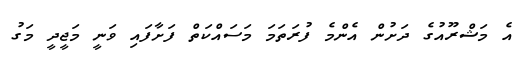
އެ މަޝްރޫއުގެ ދަށުން އެންމެ ފުރަތަމަ މަސައްކަތް ފަށާފައި ވަނީ މަޖީދީ މަގު